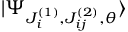
| \Psi _ { J _ { i } ^ { ( 1 ) } , J _ { i j } ^ { ( 2 ) } , \theta } \rangle